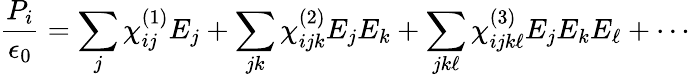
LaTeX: {\frac{P_{i}}{\epsilon_{0}}}=\sum_{j}\chi_{ij}^{(1)}E_{j}+\sum_{jk}\chi_{ijk}^{(2)}E_{j}E_{k}+\sum_{jk\ell}\chi_{ijk\ell}^{(3)}E_{j}E_{k}E_{\ell}+\cdots